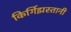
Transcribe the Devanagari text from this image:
किर्गिझस्तानी